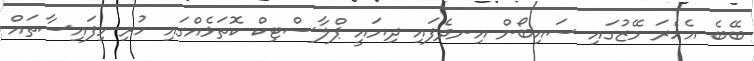
ބޭބެ އެހެރަ މޭޒުގައި ސައިބޯން އިނދެފައި ދިޔައީ ޕްލާސްޓިކް ކޮތަޅެއްގައި ހުރި މިފައިސާތައް